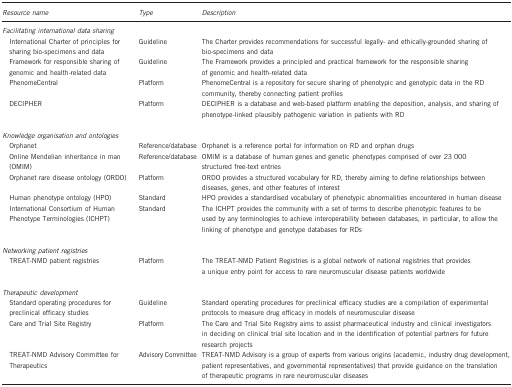
<table><thead><tr><td><b><i>Resource name</i></b></td><td><b><i>Type</i></b></td><td><b><i>Description</i></b></td></tr></thead><tbody><tr><td colspan="3"><i>Facilitating international data sharing</i></td></tr><tr><td> International Charter of principles for sharing bio-specimens and data</td><td>Guideline</td><td>The Charter provides recommendations for successful legally- and ethically-grounded sharing of bio-specimens and data</td></tr><tr><td> Framework for responsible sharing of genomic and health-related data</td><td>Guideline</td><td>The Framework provides a principled and practical framework for the responsible sharing of genomic and health-related data</td></tr><tr><td> PhenomeCentral</td><td>Platform</td><td>PhenomeCentral is a repository for secure sharing of phenotypic and genotypic data in the RD community, thereby connecting patient profiles</td></tr><tr><td> DECIPHER</td><td>Platform</td><td>DECIPHER is a database and web-based platform enabling the deposition, analysis, and sharing of phenotype-linked plausibly pathogenic variation in patients with RD</td></tr><tr><td> </td><td> </td><td> </td></tr><tr><td colspan="3"><i>Knowledge organisation and ontologies</i></td></tr><tr><td> Orphanet</td><td>Reference/database</td><td>Orphanet is a reference portal for information on RD and orphan drugs</td></tr><tr><td> Online Mendelian inheritance in man (OMIM)</td><td>Reference/database</td><td>OMIM is a database of human genes and genetic phenotypes comprised of over 23 000 structured free-text entries</td></tr><tr><td> Orphanet rare disease ontology (ORDO)</td><td>Platform</td><td>ORDO provides a structured vocabulary for RD, thereby aiming to define relationships between diseases, genes, and other features of interest</td></tr><tr><td> Human phenotype ontology (HPO)</td><td>Standard</td><td>HPO provides a standardised vocabulary of phenotypic abnormalities encountered in human disease</td></tr><tr><td> International Consortium of Human Phenotype Terminologies (ICHPT)</td><td>Standard</td><td>The ICHPT provides the community with a set of terms to describe phenotypic features to be used by any terminologies to achieve interoperability between databases, in particular, to allow the linking of phenotype and genotype databases for RDs</td></tr><tr><td> </td><td> </td><td> </td></tr><tr><td colspan="3"><i>Networking patient registries</i></td></tr><tr><td> TREAT-NMD patient registries</td><td>Platform</td><td>The TREAT-NMD Patient Registries is a global network of national registries that provides a unique entry point for access to rare neuromuscular disease patients worldwide</td></tr><tr><td> </td><td> </td><td> </td></tr><tr><td colspan="3"><i>Therapeutic development</i></td></tr><tr><td> Standard operating procedures for preclinical efficacy studies</td><td>Guideline</td><td>Standard operating procedures for preclinical efficacy studies are a compilation of experimental protocols to measure drug efficacy in models of neuromuscular disease</td></tr><tr><td> Care and Trial Site Registry</td><td>Platform</td><td>The Care and Trial Site Registry aims to assist pharmaceutical industry and clinical investigators in deciding on clinical trial site location and in the identification of potential partners for future research projects</td></tr><tr><td> TREAT-NMD Advisory Committee for Therapeutics</td><td>Advisory Committee</td><td>TREAT-NMD Advisory is a group of experts from various origins (academic, industry drug development, patient representatives, and governmental representatives) that provide guidance on the translation of therapeutic programs in rare neuromuscular diseases</td></tr></tbody></table>